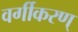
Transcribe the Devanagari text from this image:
वर्गीकरण्